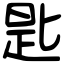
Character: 匙